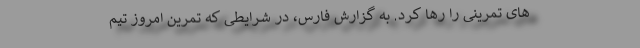
های تمرینی را رها کرد. به گزارش فارس، در شرایطی که تمرین امروز تیم